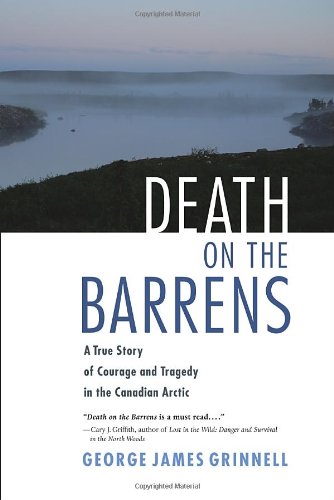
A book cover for Death on the Barrens: A True Story of Courage and Tragedy in the Canadian Arctic; George James Grinnell; Travel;